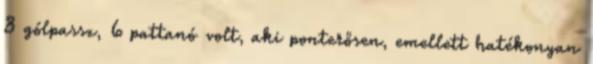
8 gólpassz, 6 pattanó volt, aki ponterősen, emellett hatékonyan